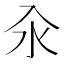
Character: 汆